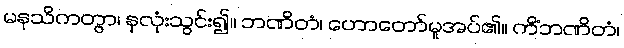
မနသိကတွာ၊ နှလုံးသွင်း၍။ ဘဏိတံ၊ ဟောတော်မူအပ်၏။ ကိံဘဏိတံ၊